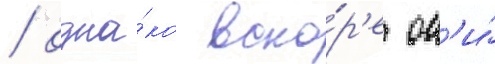
/ одна́ко вско́р'е он'и́